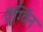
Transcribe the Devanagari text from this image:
पेंग्विंन